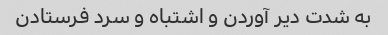
به شدت دیر آوردن و اشتباه و سرد فرستادن